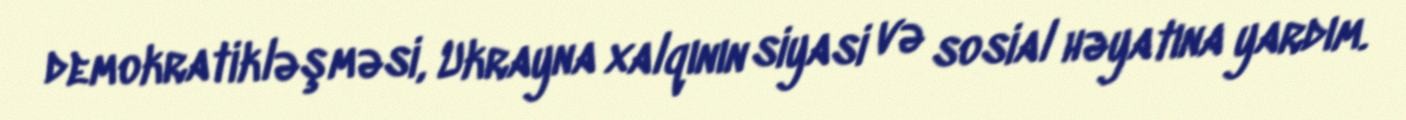
demokratikləşməsi, Ukrayna xalqının siyasi və sosial həyatına yardım.